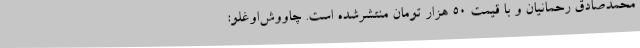
محمدصادق رحمانیان و با قیمت 50 هزار تومان منتشرشده است. چاووش‌اوغلو: